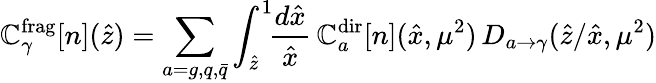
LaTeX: {\cal\mathbb{C}}_{\gamma}^{\mathrm{{frag}}}[n](\hat{{z}})=\sum_{a=g,q,\bar{{q}}}\int_{\hat{{z}}}^{1}\! \! \frac{{d\hat{{x}}}}{{\hat{{x}}}}\, {\cal\mathbb{C}}_{a}^{\mathrm{{dir}}}[n](\hat{{x}},\mu^{2})\, D_{a\to\gamma}(\hat{{z}}/\hat{{x}},\mu^{2})